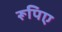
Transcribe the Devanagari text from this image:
रूपिए